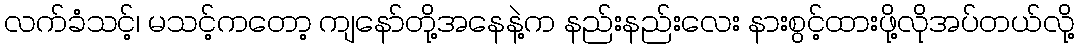
လက်ခံသင့်၊ မသင့်ကတော့ ကျနော်တို့အနေနဲ့က နည်းနည်းလေး နားစွင့်ထားဖို့လိုအပ်တယ်လို့